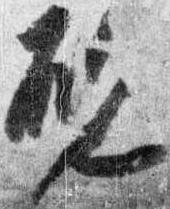
硯